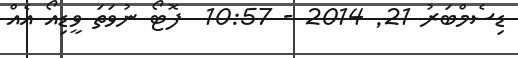
ޑިސެމްބަރު 21